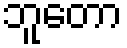
ဘူတော